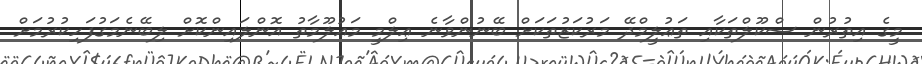
މީގެ އިތުރުން ސްކޫލްތަކާއި ތަޢުލީމްދޭ މަރުކަޒުތަކަށް ބޭނުންވާނެ ޢިލްމީ މަޢުލޫމާތު އޮންލައިންކޮށް ލިބޭނެމަގުފަހިކުރުމަށް